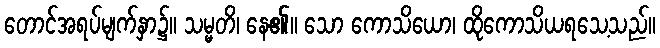
တောင်အရပ်မျက်နှာ၌။ သမ္မတိ၊ နေ၏။ သော ကောသိယော၊ ထိုကောသိယရသေ့သည်။